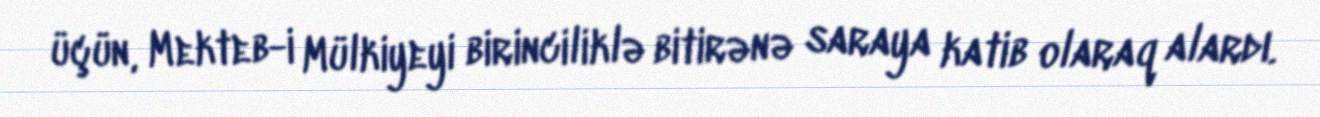
üçün, Mekteb-i Mülkiyeyi birinciliklə bitirənə saraya katib olaraq alardı.